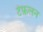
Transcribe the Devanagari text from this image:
टेफ़लन